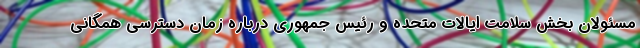
مسئولان بخش سلامت ایالات متحده و رئیس جمهوری درباره زمان دسترسی همگانی